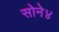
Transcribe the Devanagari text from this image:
सोने४